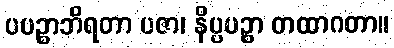
ပပဉ္စာဘိရတာ ပဇာ၊ နိပ္ပပဉ္စာ တထာဂတာ။